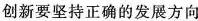
创新要坚持正确的发展方向